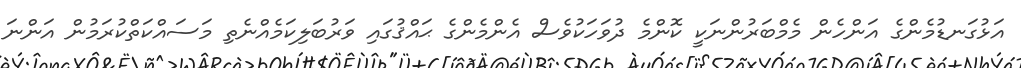
އަޅުގަނޑުމެންގެ އަންހެން މެމްބަރުންނަކީ ކޮންމެ ދުވަހަކުވެސް އެންމެންގެ ޙައްޤުގައި ވަރުބަލިކަމެއްނެތި މަސައްކަތްކުރަމުން އަންނަ